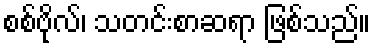
စစ်ဗိုလ်၊ သတင်းစာဆရာ ဖြစ်သည်။